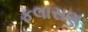
ફલાસણ